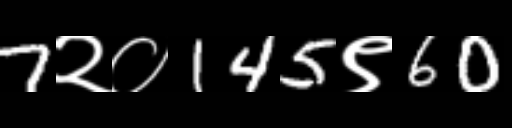
Text: 7२०145९60